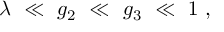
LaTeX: \lambda \ \ll \ g _ { 2 } \ \ll \ g _ { 3 } \ \ll \ 1 \ ,